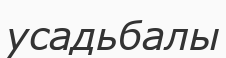
усадьбалы